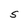
Character: S